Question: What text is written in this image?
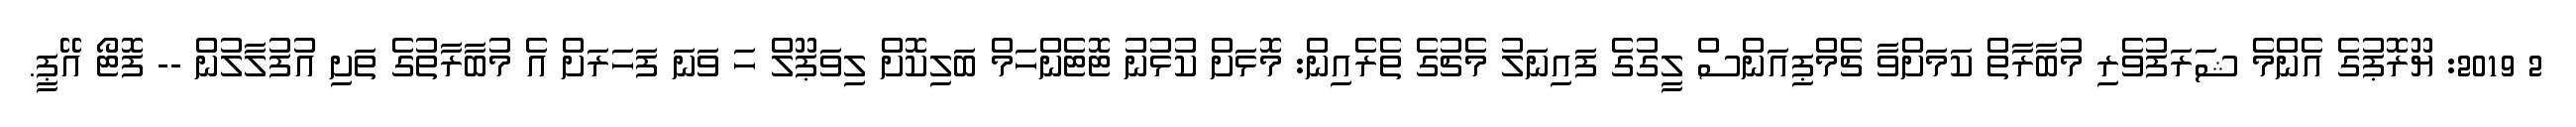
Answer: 2 2019: ޔޫރޮޕުގެ އެންމެ ޝަރަފުވެރި މުބާރާތް ކަމަށްވާ ޗެމްޕިއަންސް ލީގުގެ ފައިނަލު މެޗުގެ ތެރެއިން: މޮޅަށް ކުޅުނު ޓޮޓެންހަމް ބަލިކޮށް ލިވަޕޫލް ހަ ވަނަ ފަހަރަށް އެ މުބާރާތުގެ ތަށި އުފުލާލުން -- ފޮޓޯ އޭޕީ.